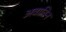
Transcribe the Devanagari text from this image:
अवातिन